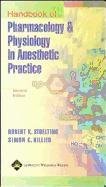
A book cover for Handbook of Pharmacology and Physiology in Anesthetic Practice; Robert K. Stoelting MD; Medical Books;